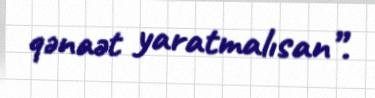
qənaət yaratmalısan”.